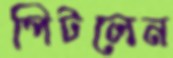
পিটলেন